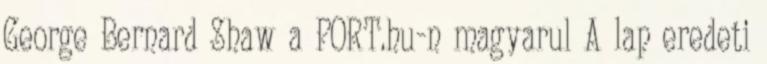
George Bernard Shaw a PORT.hu-n magyarul A lap eredeti